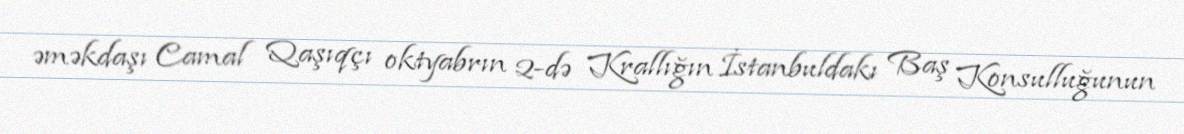
əməkdaşı Camal Qaşıqçı oktyabrın 2-də Krallığın İstanbuldakı Baş Konsulluğunun